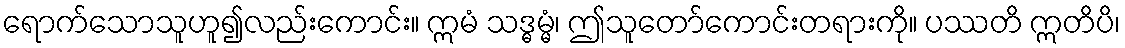
ရောက်သောသူဟူ၍လည်းကောင်း။ ဣမံ သဒ္ဓမ္မံ၊ ဤသူတော်ကောင်းတရားကို။ ပဿတိ ဣတိပိ၊